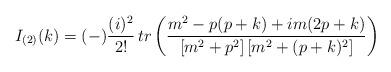
LaTeX: \begin{align*}I_{(2)}(k)=(-)\frac{(i)^2}{2!} \, tr\left({m^2-p(p+k)+i m(2p+k)\over[m^2+p^2]\,[m^2+(p+k)^2]}\right)\end{align*}